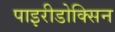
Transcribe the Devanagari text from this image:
पाइरीडोक्सिन